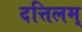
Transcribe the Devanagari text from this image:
दत्तिलम्‌